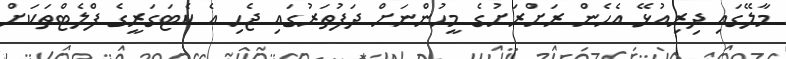
މާލޭގައި ދިރިއުޅޭ އެހެން ރަށްރަށުގެ މީހުންނަށް ދަފުތަރުގައި ޖެހި އެ ކެޓަގަރީގެ ފްލެޓްތަކަށް